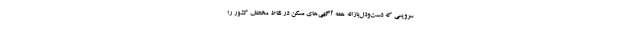
سرویسی که دست‌و‌دل‌بازانه همه آگهی‌های مسکن در نقاط مختلف کشور را